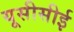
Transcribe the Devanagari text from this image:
यूसीसीई